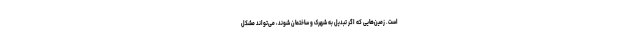
است. زمین‌هایی که اگر تبدیل به شهرک و ساختمان شوند، می‌تواند مشکل